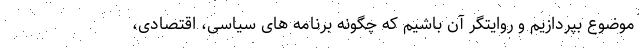
موضوع بپردازیم و روایتگر آن باشیم که چگونه برنامه های سیاسی، اقتصادی،